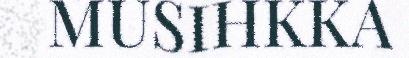
MUSIHKKA